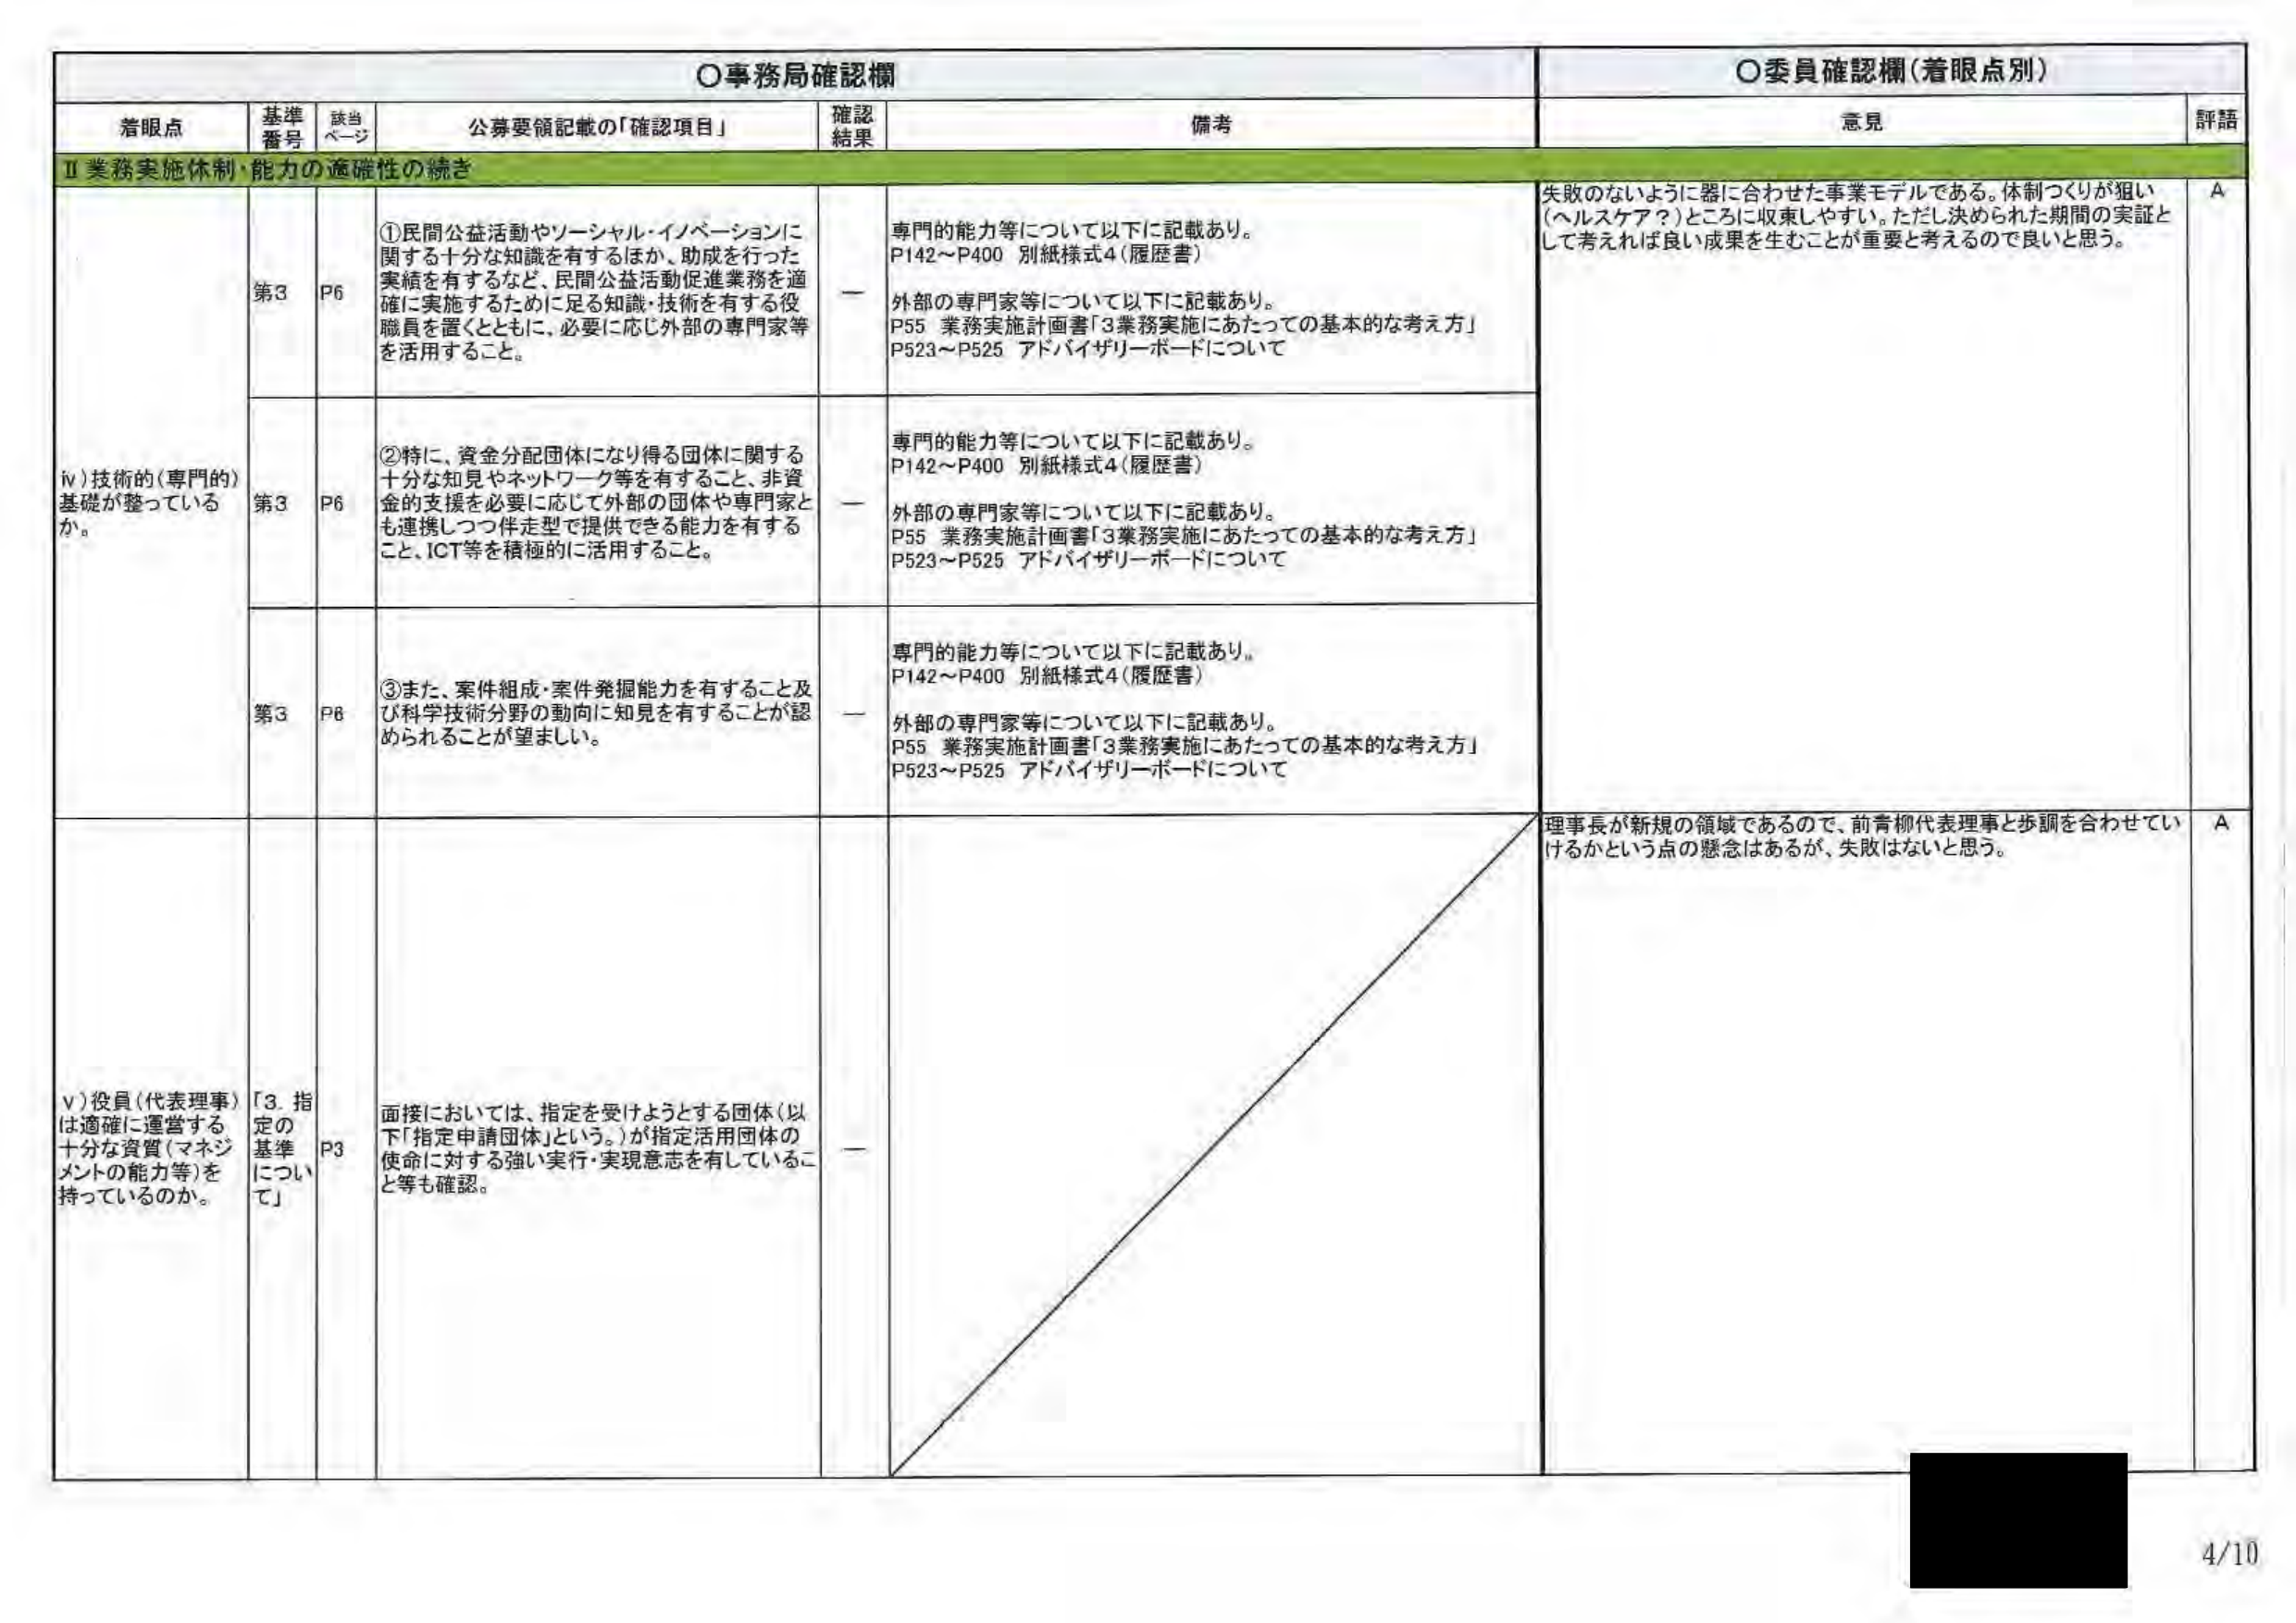
〇事務局確認欄
〇委員確認欄（着眼点別）

着眼点　　基準番号　　該当ページ　　公募要領記載の「確認項目」　　確認結果　　備考　　意見　　評語

Ⅱ業務実施体制・能力の適確性の続き

iv）技術的（専門的）基礎が整っているか。

第3　　P6　　①民間公益活動やソーシャル・イノベーションに関する十分な知識を有するほか、助成を行った実績を有するなど、民間公益活動促進業務を適確に実施するために足る知識・技術を有する役職員を置くとともに、必要に応じ外部の専門家等を活用すること。　　ー　　専門的能力等について以下に記載あり。P142～P400 別紙様式4（履歴書）外部の専門家等について以下に記載あり。P55 業務実施計画書「3業務実施にあたっての基本的な考え方」P523～P525 アドバイザリーボードについて　　失敗のないように器に合わせた事業モデルである。体制づくりが狙い（ヘルスケア？）ところに収束しやすい。ただし決められた期間の実証として考えれば良い成果を生むことが重要と考えるので良いと思う。　　A

第3　　P6　　②特に、資金分配団体になり得る団体に関する十分な知見やネットワーク等を有すること、非資金的支援を必要に応じて外部の団体や専門家とも連携しつつ伴走型で提供できる能力を有すること、ICT等を積極的に活用すること。　　ー　　専門的能力等について以下に記載あり。P142～P400 別紙様式4（履歴書）外部の専門家等について以下に記載あり。P55 業務実施計画書「3業務実施にあたっての基本的な考え方」P523～P525 アドバイザリーボードについて

第3　　P6　　③また、案件組成・案件発掘能力を有すること及び科学技術分野の動向に知見を有することが認められることが望ましい。　　ー　　専門的能力等について以下に記載あり。P142～P400 別紙様式4（履歴書）外部の専門家等について以下に記載あり。P55 業務実施計画書「3業務実施にあたっての基本的な考え方」P523～P525 アドバイザリーボードについて

v）役員（代表理事）は適確に運営する十分な資質（マネジメントの能力等）を持っているのか。

「3. 指定の基準について」　　P3　　面接においては、指定を受けようとする団体（以下「指定申請団体」という。）が指定活用団体の使命に対する強い実行・実現意志を有していること等も確認。　　ー　　理事長が新規の領域であるので、前青柳代表理事と歩調を合わせていけるかという点の懸念はあるが、失敗はないと思う。　　A

4/10